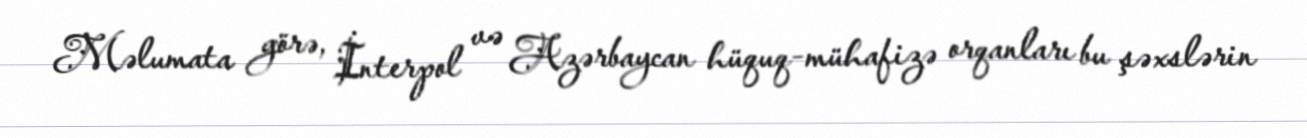
Məlumata görə, İnterpol və Azərbaycan hüquq-mühafizə orqanları bu şəxslərin